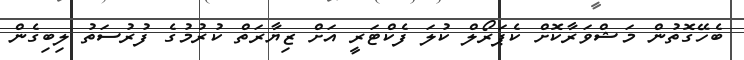
ބެހޭގޮތުން މަޝްވަރާކޮށް ކެޕަރޯލް ކުލަ ފެކްޓަރީ އަށް ޒިޔާރަތް ކުރުމުގެ ފުރުސަތު ލިބިގެން